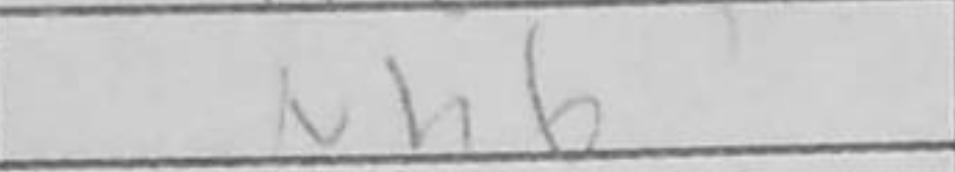
Transcription: Nh6